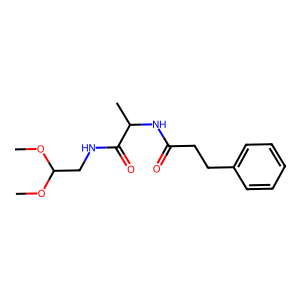
SMILES: COC(CNC(=O)C(C)NC(=O)CCc1ccccc1)OC
Inhibits HIV replication: No